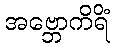
အဗ္ဘောကိရိံ